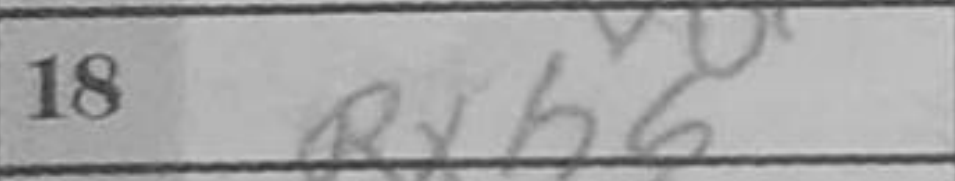
Transcription: Rxh6